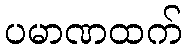
ပမာဏထက်